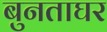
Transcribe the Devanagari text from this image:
बुनताघर